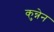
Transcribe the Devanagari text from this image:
कुन्नेन